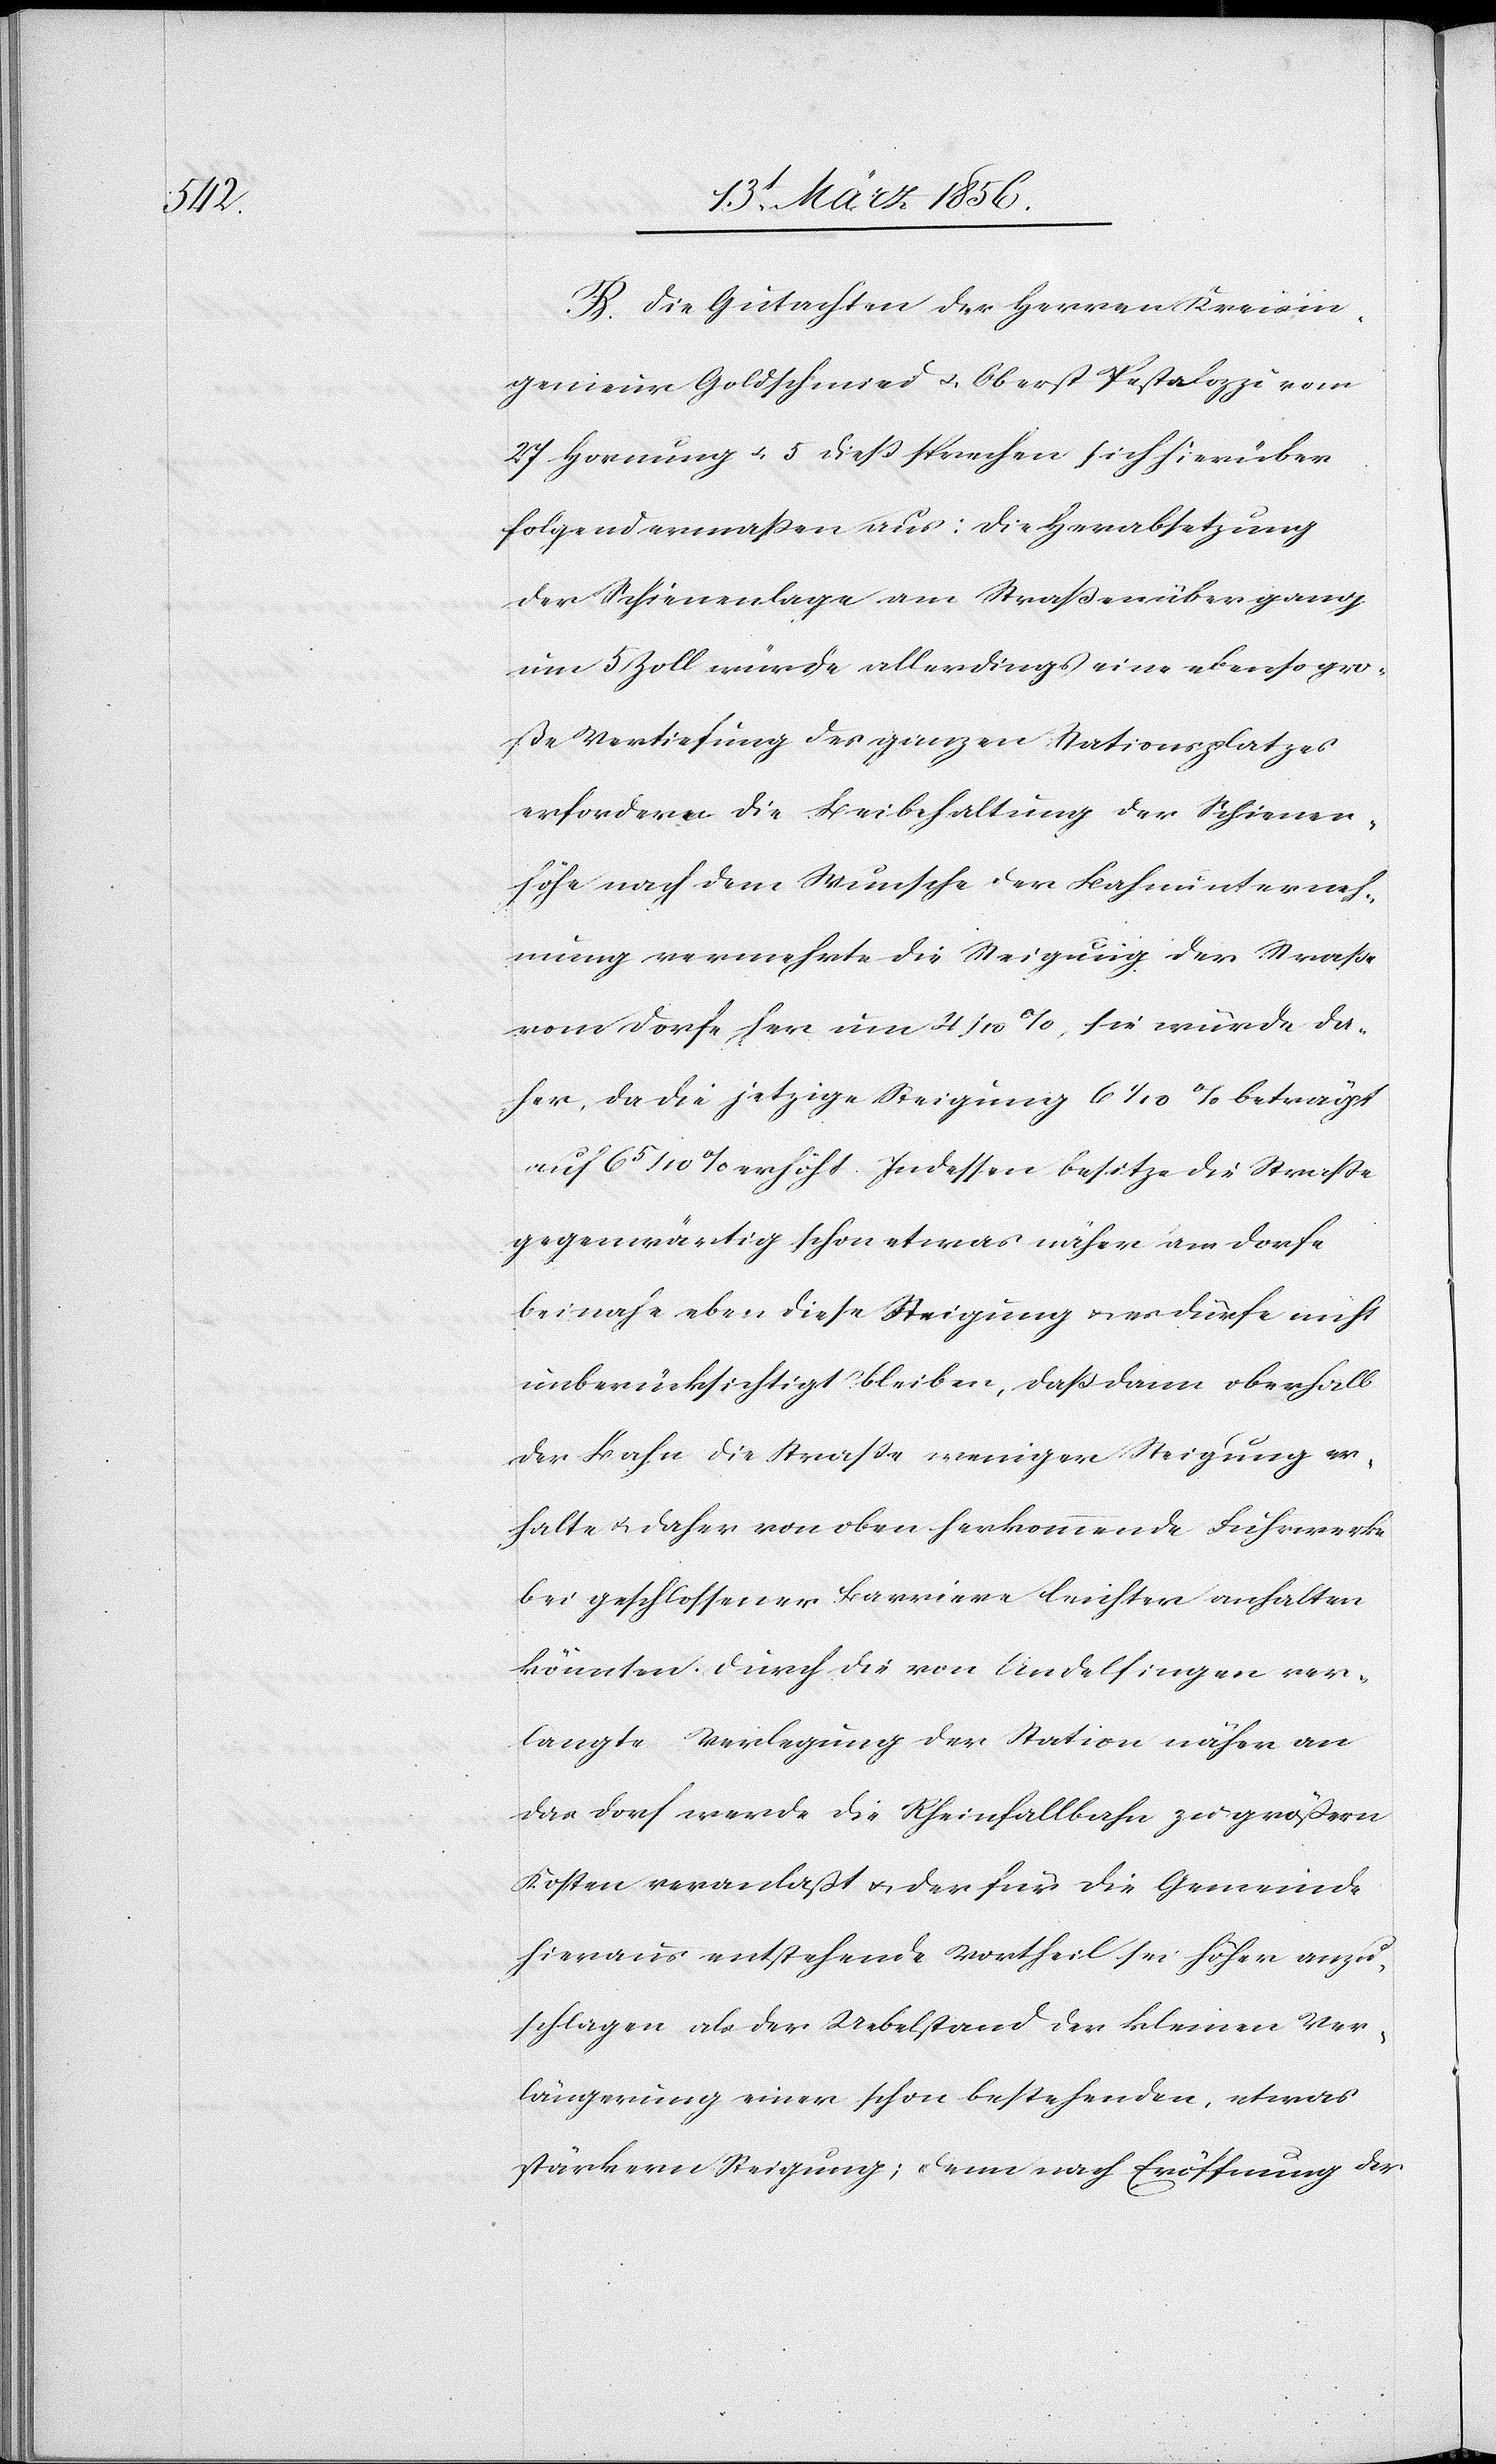
B. Die Gutachten der Herren Kreisin¬
genieur Goldschmied u. Oberst Pestalozzi vom
27 Hornung u. 5 dieß sprechen sich hierüber
folgendermaßen aus: Die Herabsetzung
der Schienenlage am Straßenübergang
um 5 Zoll würde allerdings eine ebenso gro¬
ße Vertiefung des ganzen Stationsplatzes
erfordern. Die Beibehaltung der Schienen¬
höhe nach dem Wunsche der Bahnunterneh¬
mung vermehrte die Steigung der Straße
vom Dorfe her um 4/10 %, sie würde da¬
her, da die jetzige Steigung 61/10 beträgt
auf 65/10 % erhöht. Indessen besitze die Straße
gegenwärtig schon etwas näher am Dorfe
beinahe eben diese Steigung u. es dürfe nicht
unberücksichtigt bleiben, daß dann oberhalb
der Bahn die Straße weniger Steigung er¬
halte u. daher von oben herkommende Fuhrwerke
bei geschlossener Barriere leichter anhalten
könnten. Durch die von Andelfingen ver¬
langte Verlegung der Station näher an
das Dorf werde die Rheinfallbahn zu größern
Kosten veranlaßt u. der für die Gemeinde
hieraus entstehende Vortheil sei höher anzu¬
schlagen als der Uebelstand der kleinen Ver¬
längerung einer schon bestehenden, etwas
stärkern Steigung; denn nach Eröffnung der